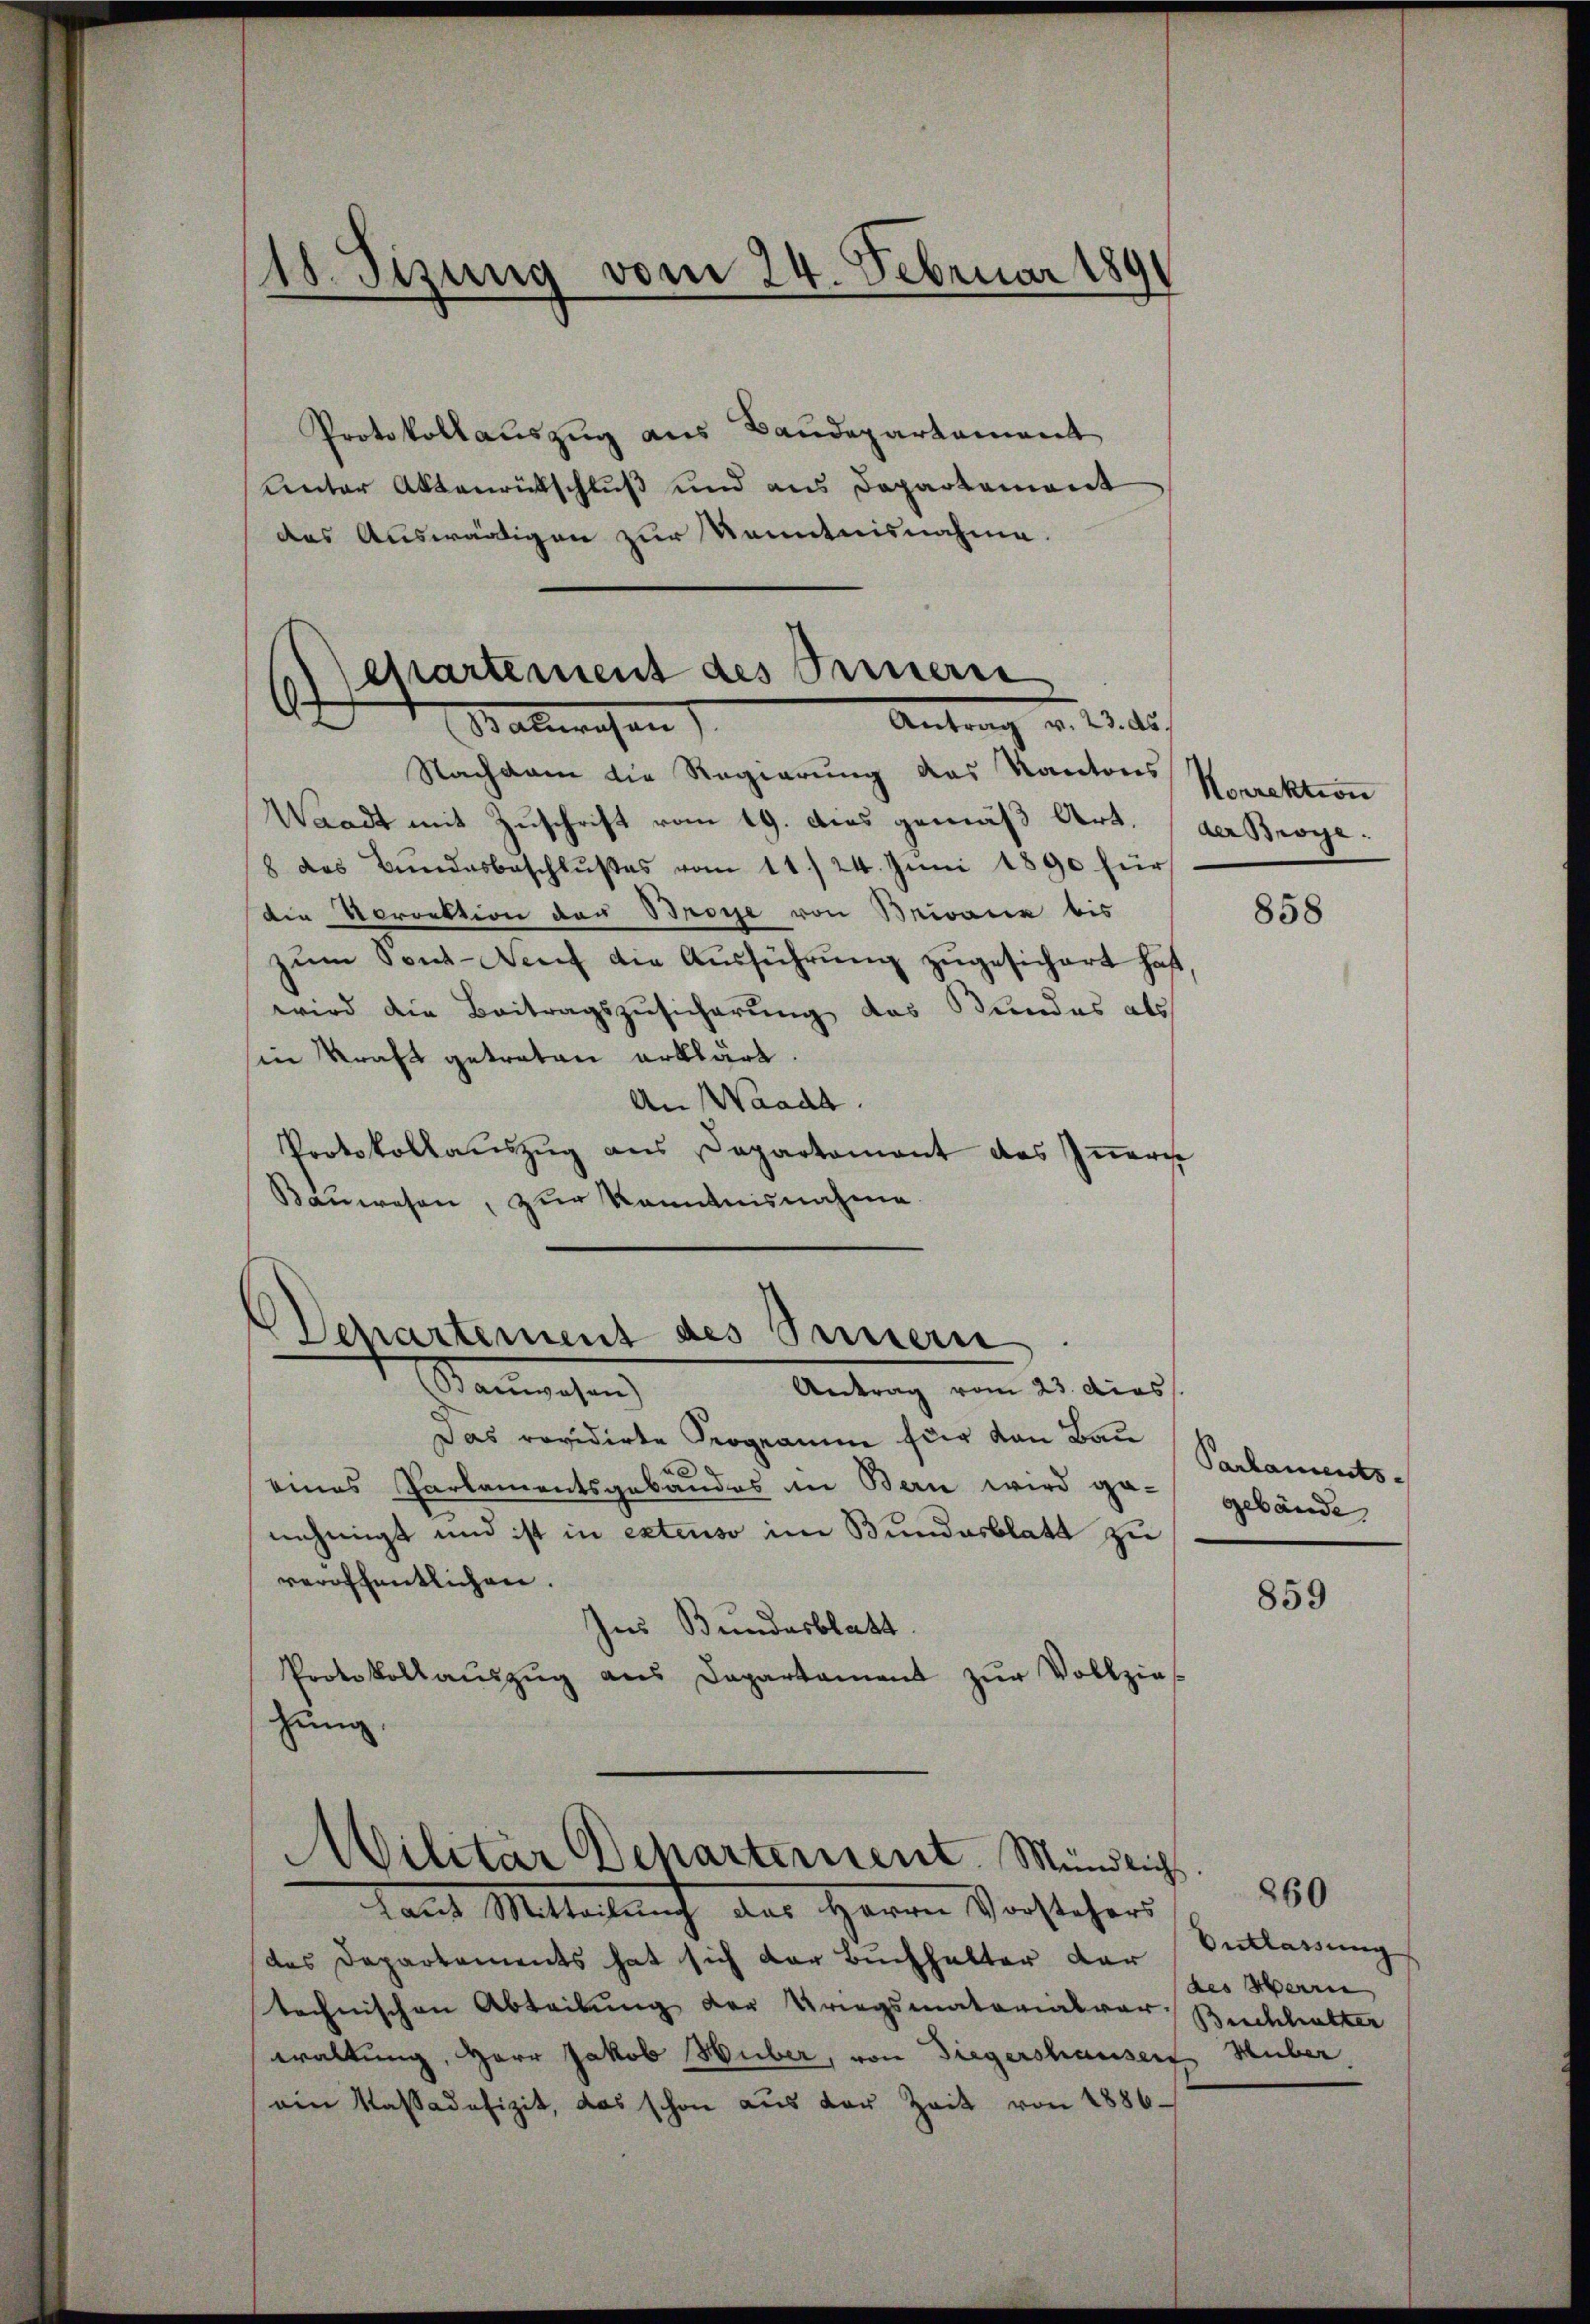
18. Sizung vom 24. Februar 1891

Protokollauszug aus Baudepartement
unter Aktenrütschluß und aus Departement
das Auswärtigen zur Kenntnisnahme.

Repartement des Seinern
Antrag v. 23. ds.
Balmwesen

Nachdem die Regierung das Kantons
Waadt mit Zuschrift vom 19. dies gemäß Art.
8 des Bŭndesbeschlŭβes vom 11. 24. Juni 1890 für
die Vorrektion der Brosse von Briana bis
zŭm Sont. Neuf die Ausführung zugesichert hat,
wird die Beitragszusicherung das Bundes als
in Kraft getreten erklärt.
An Waadt.
Protokollaŭszŭg ans Departement des Iṅerche
Baŭwesen, zur Kenntnisnahme.

Departement des Sinnern.

Stammgehen
Antrag vom 23. dies
Das revidirte Programm für von Bau
eines Parlamentsgebäudes an Bern wird ga-
nehmigt und ist in extenso im Bundesblatt zu
veröffentlichen.
Ins Bundesblatt
Protokollauszug aus Departament zŭr Vollzieh
zung.
Militär Departement. Mündlich        50
Laut Mittelauch des Herrn Vorstehers
des Departements hat sich der Buchhalter der
technischen Abteilung der Kriegsmaterialver-
waltung, Herr Jakob Huber, von Diegershauser
ein Kassadefizit, das schon aus der Zeit von 1886

Norrektion
der Broge.

858

Parlaments-
gebäude

859

Entlassung
des Herrn
Buchhalter
Huber